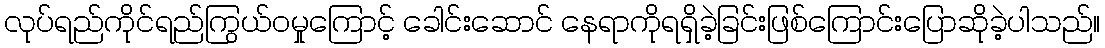
လုပ်ရည်ကိုင်ရည်ကြွယ်ဝမှုကြောင့် ခေါင်းဆောင် နေရာကိုရရှိခဲ့ခြင်းဖြစ်ကြောင်းပြောဆိုခဲ့ပါသည်။